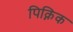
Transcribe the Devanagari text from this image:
पिक्निक